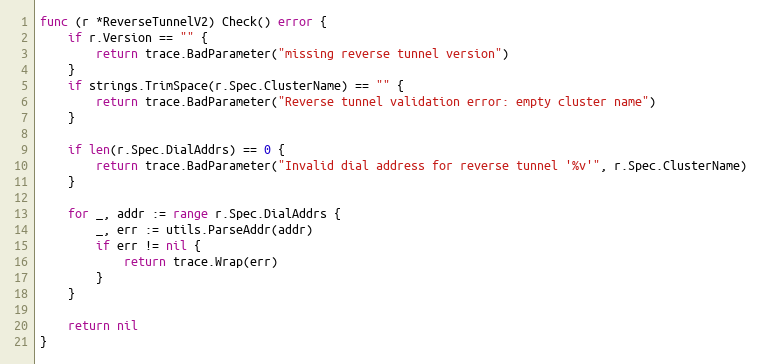
Language: Go
func (r *ReverseTunnelV2) Check() error {
	if r.Version == "" {
		return trace.BadParameter("missing reverse tunnel version")
	}
	if strings.TrimSpace(r.Spec.ClusterName) == "" {
		return trace.BadParameter("Reverse tunnel validation error: empty cluster name")
	}

	if len(r.Spec.DialAddrs) == 0 {
		return trace.BadParameter("Invalid dial address for reverse tunnel '%v'", r.Spec.ClusterName)
	}

	for _, addr := range r.Spec.DialAddrs {
		_, err := utils.ParseAddr(addr)
		if err != nil {
			return trace.Wrap(err)
		}
	}

	return nil
}